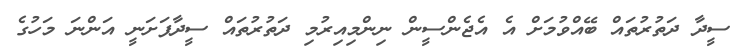
ސީދާ ދަތުރުތައް ބޭއްވުމަށް އެ އެޖެންސީން ނިންމިއިރުމި ދަތުރުތައް ސީދާފަށަނީ އަންނަ މަހުގެ